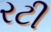
રટી